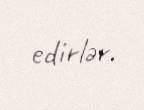
edirlər.